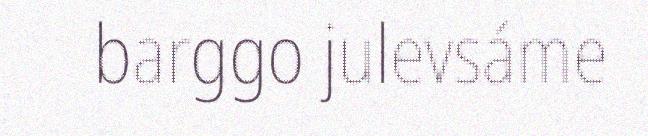
barggo julevsáme